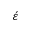
\acute { \varepsilon }